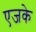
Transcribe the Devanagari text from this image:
एजके